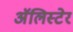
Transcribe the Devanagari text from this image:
अॅलिस्टेर